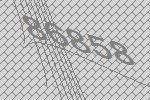
86858